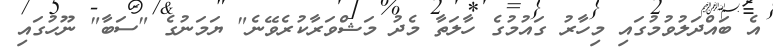
އެ ބައްދަލުވުމުގައި މިހާރު ގައުމުގެ ހާލަތާ މެދު މަޝްވަރާކުރެވޭނެ" ޔަމަނުގެ "ސަބާ" ނޫހުގައި